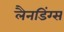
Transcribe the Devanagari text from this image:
लैनडिंग्स